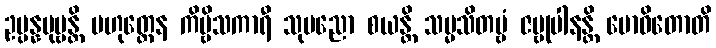
ဥပ္ပန္နပုဗ္ဗန္တိ ဗဟုတ္တေန ကိဗ္ဗိသကာရီ သုပညော စယန္တိ သမ္မသိတဗ္ဗံ ဇမ္ဗုပါနန္တိ ဗောဓိတောတိ